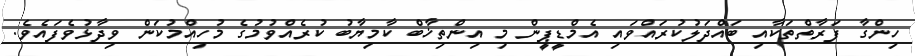
ހިންގާ ފަރާތްތަކާއި ބައްދަލުކުރައްވައި އެމްޑީޕީން މި އިންތިޚާބް ކާމިޔާބު ކުރެއްވުމުގެ މުހިއްމުކަން ވިދާޅުވެފައެވެ.